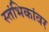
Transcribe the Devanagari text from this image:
स्तंभिकांवर